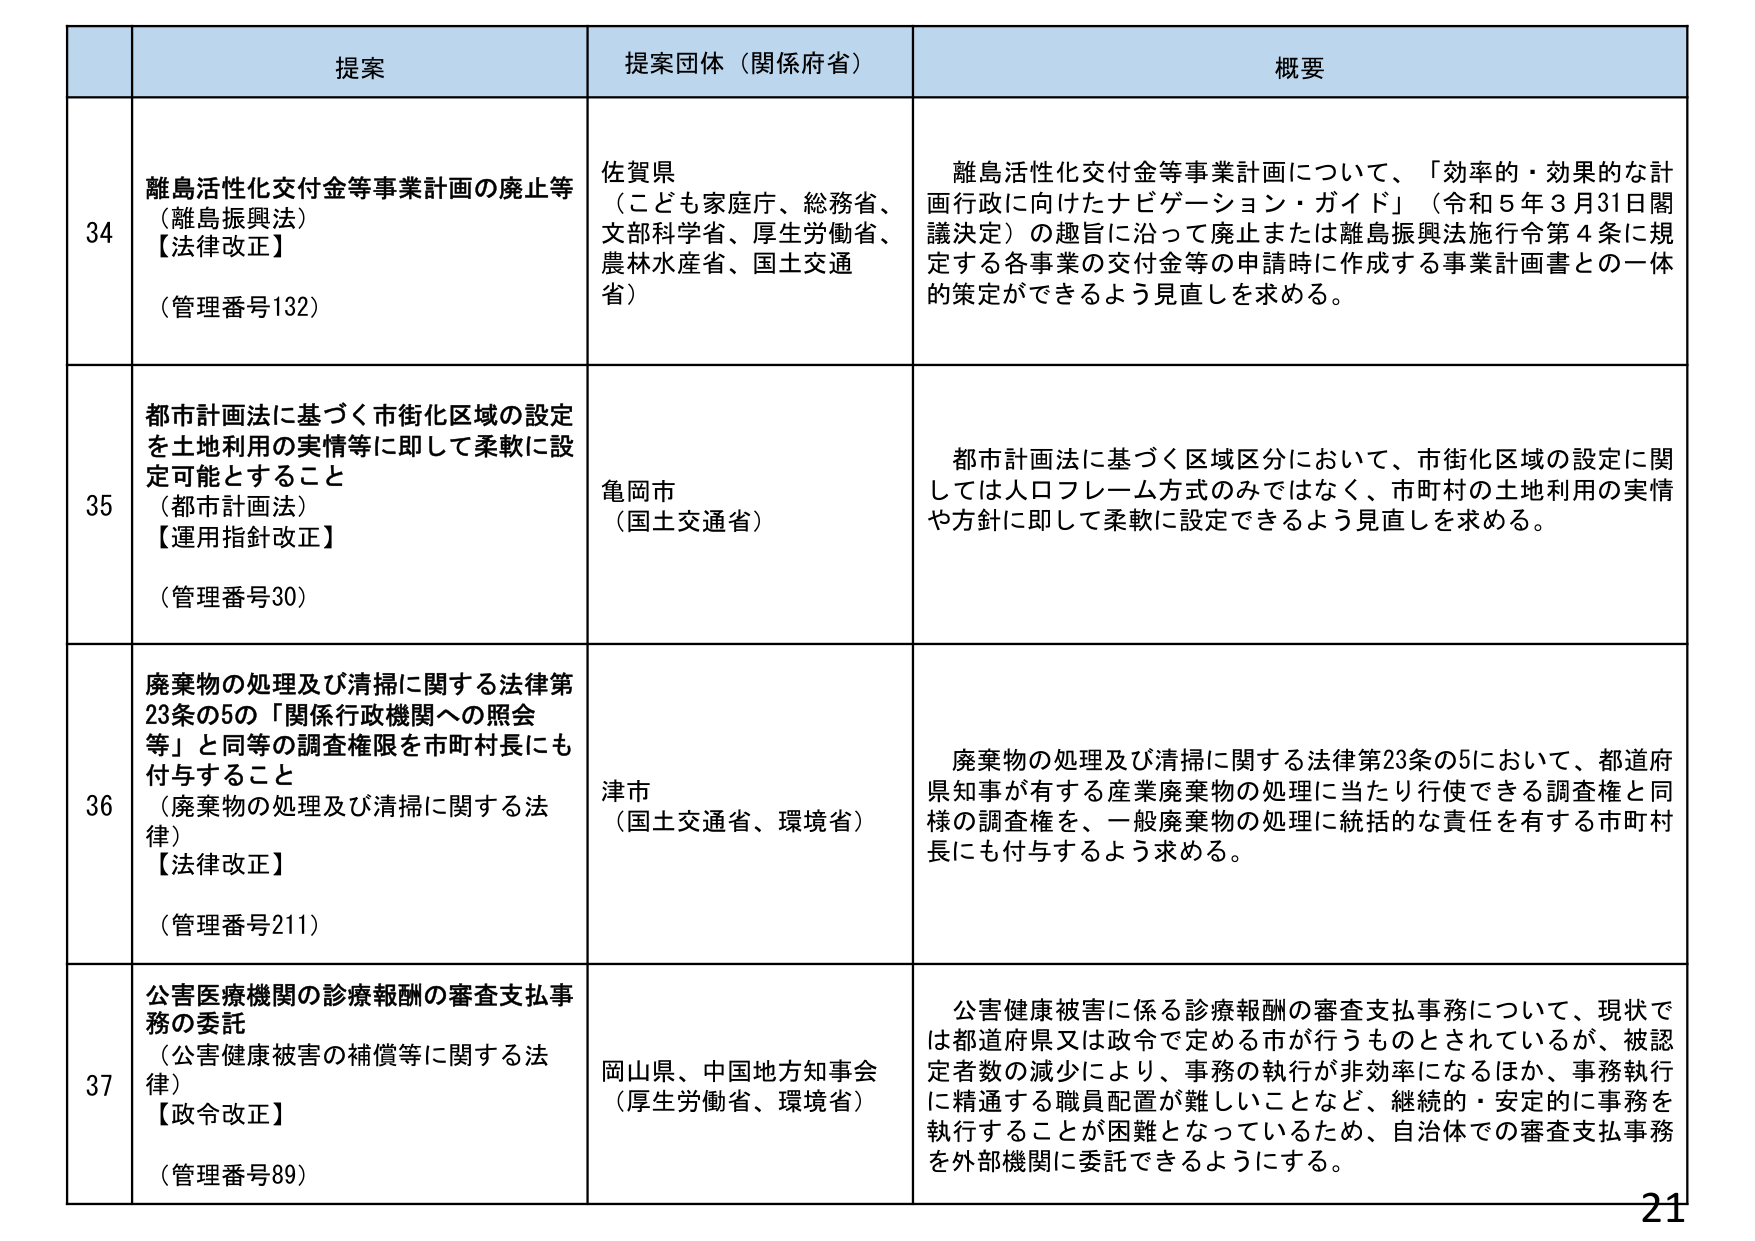
34
提案
離島活性化交付金等事業計画の廃止等
（離島振興法）
【法律改正】
（管理番号132）

提案団体（関係府省）
佐賀県
（こども家庭庁、総務省、
文部科学省、厚生労働省、
農林水産省、国土交通
省）

概要
離島活性化交付金等事業計画について、「効率的・効果的な計
画行政に向けたナビゲーション・ガイド」（令和5年3月31日閣
議決定）の趣旨に沿って廃止または離島振興法施行令第4条に規
定する各事業の交付金等の申請時に作成する事業計画書との一体
的策定ができるよう見直しを求める。

35
都市計画法に基づく市街化区域の設定
を土地利用の実情等に即して柔軟に設
定可能とすること
（都市計画法）
【運用指針改正】
（管理番号30）

亀岡市
（国土交通省）

都市計画法に基づく区域区分において、市街化区域の設定に関
しては人口フレーム方式のみではなく、市町村の土地利用の実情
や方針に即して柔軟に設定できるよう見直しを求める。

36
廃棄物の処理及び清掃に関する法律第
23条の5の「関係行政機関への照会
等」と同等の調査権限を市町村長にも
付与すること
（廃棄物の処理及び清掃に関する法
律）
【法律改正】
（管理番号211）

津市
（国土交通省、環境省）

廃棄物の処理及び清掃に関する法律第23条の5において、都道府
県知事が有する産業廃棄物の処理に当たり行使できる調査権と同
様の調査権を、一般廃棄物の処理に統括的な責任を有する市町村
長にも付与するよう求める。

37
公害医療機関の診療報酬の審査支払事
務の委託
（公害健康被害の補償等に関する法
律）
【政令改正】
（管理番号89）

岡山県、中国地方知事会
（厚生労働省、環境省）

公害健康被害に係る診療報酬の審査支払事務について、現状で
は都道府県又は政令で定める市が行うものとされているが、被認
定者数の減少により、事務の執行が非効率になるほか、事務執行
に精通する職員配置が難しいことなど、継続的・安定的に事務を
執行することが困難となっているため、自治体での審査支払事務
を外部機関に委託できるようにする。

21